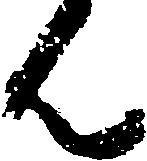
ん